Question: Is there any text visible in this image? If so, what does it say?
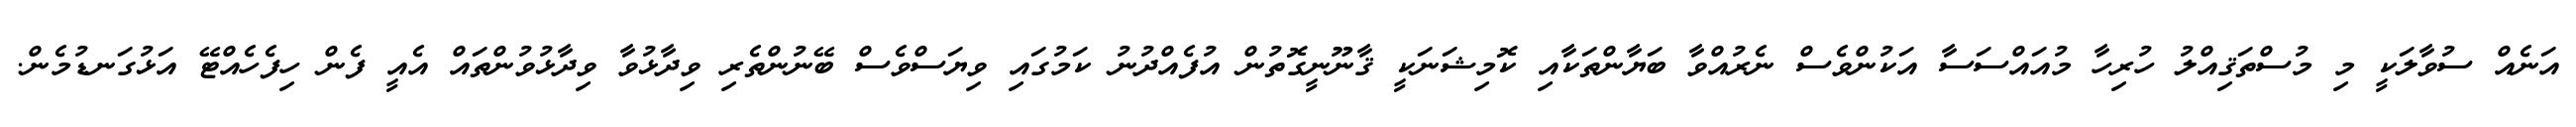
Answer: އަނެއް ސުވާލަކީ މި މުސްތަޤިއްލު ހުރިހާ މުއައްސަސާ އަކުންވެސް ނެރުއްވާ ބަޔާންތަކާއި ކޮމިޝަނަކީ ޤާނޫނީގޮތުން އުފެއްދުނު ކަމުގައި ވިޔަސްވެސް ބޭނުންތެރި ވިދާޅުވާ ވިދާޅުވުންތައް އެއީ ފެން ހިފެހެއްޓޭ އަޅުގަނޑުމެން.